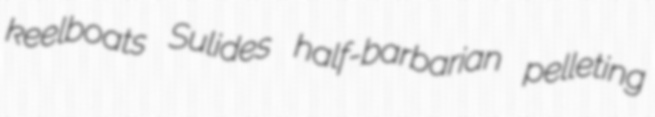
keelboats Sulides half-barbarian pelleting